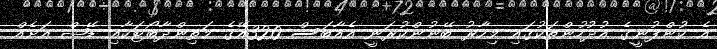
އެ ކުންފުނީގެ އުދުހުންތަކުގައި މިހާރު ބޭނުންކުރަނީ އެއާބަސް 320އޭގެ މަތިންދާބޯޓަކާއި ޑޭޝް އަށެއް